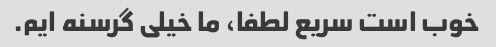
خوب است سریع لطفا، ما خیلی گرسنه ایم.